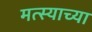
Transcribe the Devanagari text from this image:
मत्स्याच्या